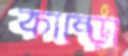
কাম্‌ড়ো